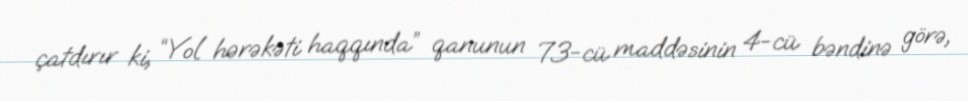
çatdırır ki, “Yol hərəkəti haqqında” qanunun 73-cü maddəsinin 4-cü bəndinə görə,